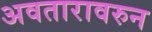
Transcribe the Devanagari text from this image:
अवतारावरुन